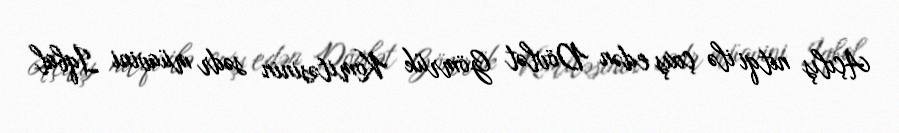
Açılış nitqi ilə çıxış edən Dövlət Gömrük Komitəsinin sədr müavini İqbal